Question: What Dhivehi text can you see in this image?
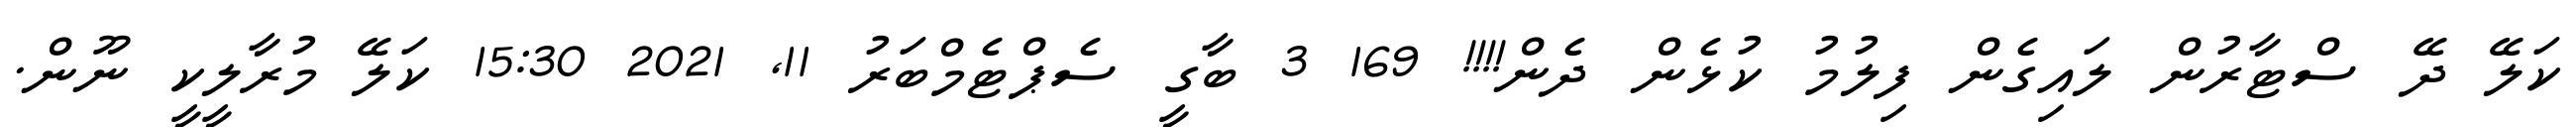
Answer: ކަލޭ ދޭ ސްޓާރުން ލައިގެން ފިލުމު ކުޅެން ދެން!!!! 169 3 ބާގީ ސެޕްޓެމްބަރު 11, 2021 15:30 ކަލޭ މުރާލީކީ ނޫން.